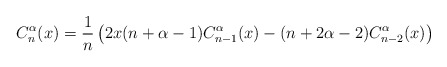
\begin{align*} C_{n}^\alpha(x) = \frac{1}{n}\left(2x(n+\alpha-1)C_{n-1}^\alpha(x) - (n+2\alpha-2)C_{n-2}^\alpha(x)\right)\end{align*}